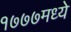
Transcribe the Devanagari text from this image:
१७७७मध्ये